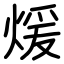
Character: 煖